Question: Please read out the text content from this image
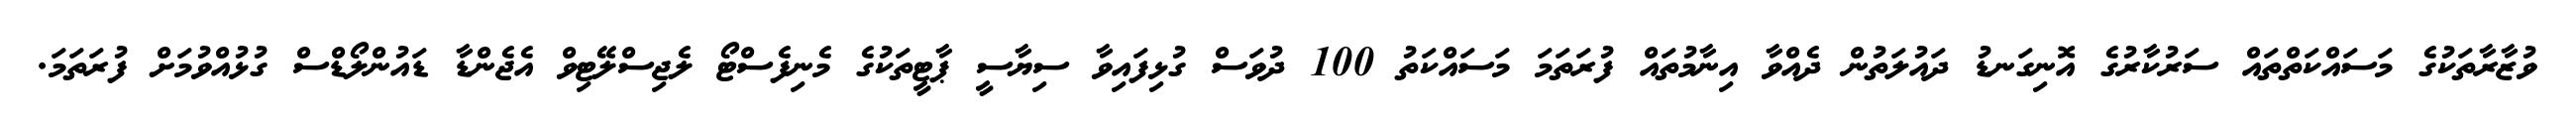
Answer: ވުޒާރާތަކުގެ މަސައްކަތްތައް ސަރުކާރުގެ އޮނިގަނޑު ދައުލަތުން ދެއްވާ އިނާމުތައް ފުރަތަމަ މަސައްކަތު 100 ދުވަސް ގުޅިފައިވާ ސިޔާސީ ޕާޓީތަކުގެ މެނިފެސްޓޯ ލެޖިސްލޭޓިވް އެޖެންޑާ ޑައުންލޯޑްސް ގުޅުއްވުމަށް ފުރަތަމަ.